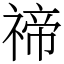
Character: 禘